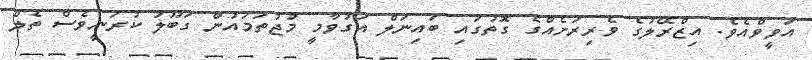
އަވީވްއެވެ. އިޒްރޭލުގެ ވެރިރަށެއްގެ ގޮތުގައި ބައިނަލް އަގުވާމީ މުުޖުތަމައުން ގަބޫލު ކުރަނީވެސް ތެލް